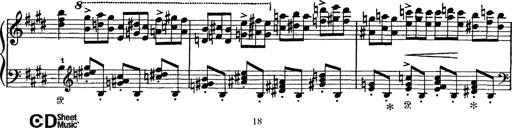
Title: Tarantelle di bravura dâ€™aprÃ¨s la tarantelle de La muette de Portici
Composer: Franz Liszt